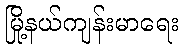
မြို့နယ်ကျန်းမာရေး